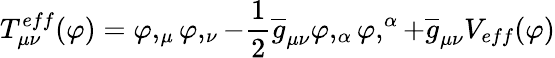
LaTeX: T_{\mu\nu}^{eff}(\varphi)=\varphi,_{\mu}\varphi,_{\nu}-\frac{1}{2}\overline{{{g}}}_{\mu\nu}\varphi,_{\alpha}\varphi,^{\alpha}+\overline{{{g}}}_{\mu\nu}V_{eff}(\varphi)